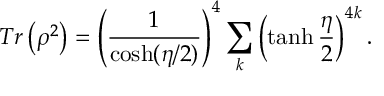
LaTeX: T r \left( \rho ^ { 2 } \right) = \left( { \frac { 1 } { \cosh ( \eta / 2 ) } } \right) ^ { 4 } \sum _ { k } ^ { } \left( \operatorname { t a n h } { \frac { \eta } { 2 } } \right) ^ { 4 k } .